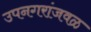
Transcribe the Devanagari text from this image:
उपनगरांजवळ